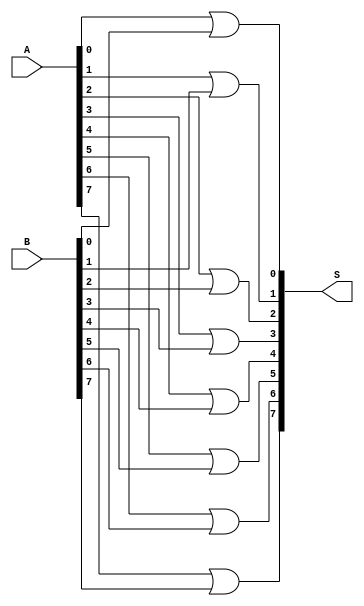
module or8(input [7:0]A, input	[7:0]B, output	[7:0]S);
	or(S[0], A[0], B[0]);
	or(S[1], A[1], B[1]);
	or(S[2], A[2], B[2]);
	or(S[3], A[3], B[3]);
	or(S[4], A[4], B[4]);
	or(S[5], A[5], B[5]);
	or(S[6], A[6], B[6]);
	or(S[7], A[7], B[7]);
endmodule